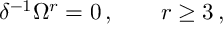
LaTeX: \delta ^ { - 1 } \Omega ^ { r } = 0 \, , \qquad r \geq 3 \, ,